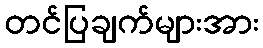
တင်ပြချက်များအား